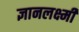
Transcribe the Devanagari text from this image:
ज्ञानलक्ष्मी